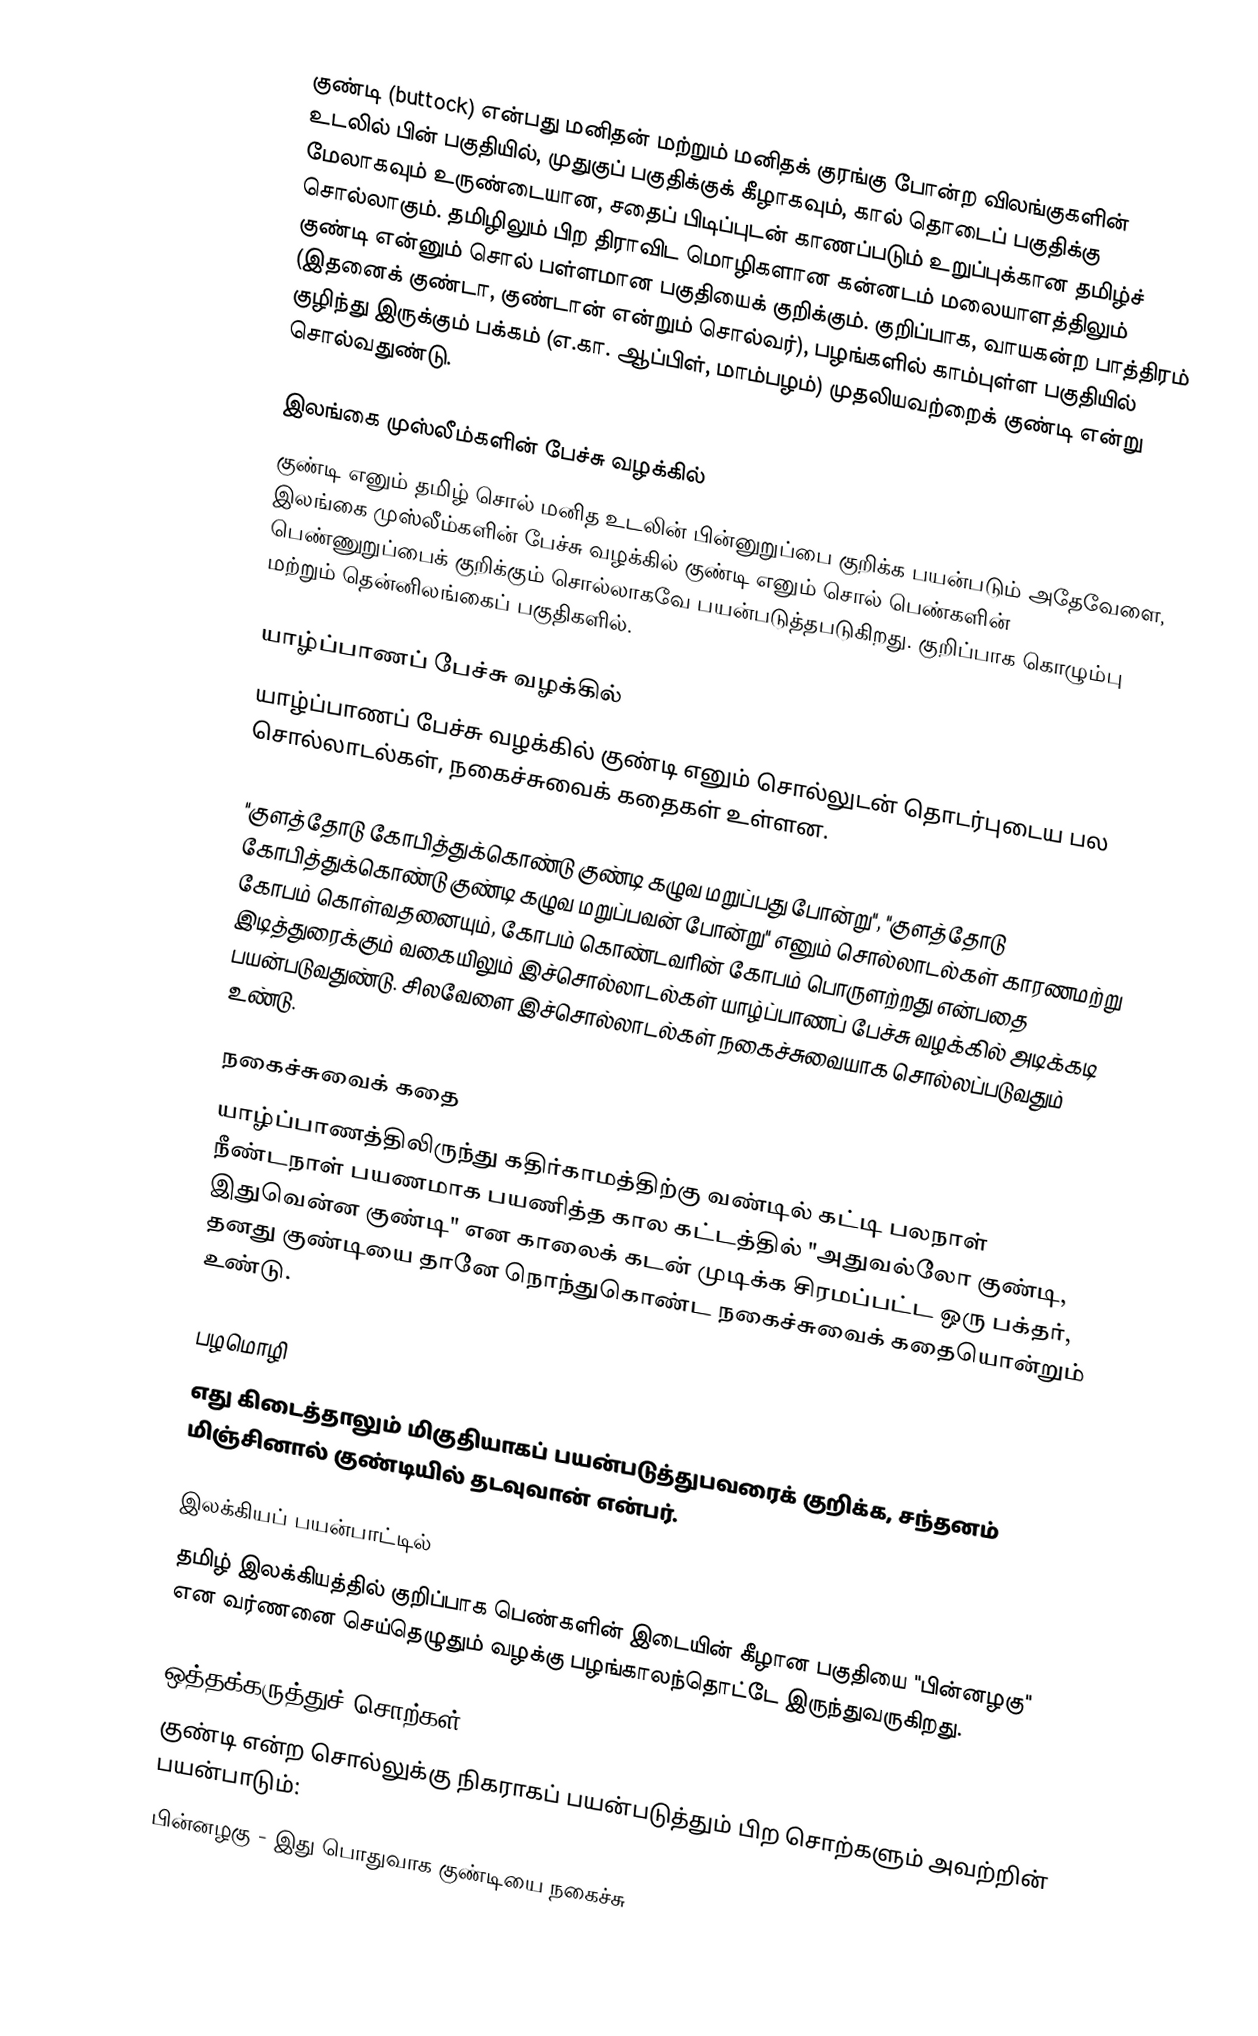
குண்டி (buttock) என்பது மனிதன் மற்றும் மனிதக் குரங்கு போன்ற விலங்குகளின் உடலில் பின் பகுதியில், முதுகுப் பகுதிக்குக் கீழாகவும், கால் தொடைப் பகுதிக்கு மேலாகவும் உருண்டையான, சதைப் பிடிப்புடன் காணப்படும் உறுப்புக்கான தமிழ்ச் சொல்லாகும். தமிழிலும் பிற திராவிட மொழிகளான கன்னடம் மலையாளத்திலும் குண்டி என்னும் சொல் பள்ளமான பகுதியைக் குறிக்கும். குறிப்பாக, வாயகன்ற பாத்திரம் (இதனைக் குண்டா, குண்டான் என்றும் சொல்வர்), பழங்களில் காம்புள்ள பகுதியில் குழிந்து இருக்கும் பக்கம் (எ.கா. ஆப்பிள், மாம்பழம்) முதலியவற்றைக் குண்டி என்று சொல்வதுண்டு.

இலங்கை முஸ்லீம்களின் பேச்சு வழக்கில்
குண்டி எனும் தமிழ் சொல் மனித உடலின் பின்னுறுப்பை குறிக்க பயன்படும் அதேவேளை, இலங்கை முஸ்லீம்களின் பேச்சு வழக்கில் குண்டி எனும் சொல் பெண்களின் பெண்ணுறுப்பைக் குறிக்கும் சொல்லாகவே பயன்படுத்தபடுகிறது. குறிப்பாக கொழும்பு மற்றும் தென்னிலங்கைப் பகுதிகளில்.

யாழ்ப்பாணப் பேச்சு வழக்கில்
யாழ்ப்பாணப் பேச்சு வழக்கில் குண்டி எனும் சொல்லுடன் தொடர்புடைய பல சொல்லாடல்கள், நகைச்சுவைக் கதைகள் உள்ளன.

"குளத்தோடு கோபித்துக்கொண்டு குண்டி கழுவ மறுப்பது போன்று", "குளத்தோடு கோபித்துக்கொண்டு குண்டி கழுவ மறுப்பவன் போன்று" எனும் சொல்லாடல்கள் காரணமற்று கோபம் கொள்வதனையும், கோபம் கொண்டவரின் கோபம் பொருளற்றது என்பதை இடித்துரைக்கும் வகையிலும் இச்சொல்லாடல்கள் யாழ்ப்பாணப் பேச்சு வழக்கில் அடிக்கடி பயன்படுவதுண்டு. சிலவேளை இச்சொல்லாடல்கள் நகைச்சுவையாக சொல்லப்படுவதும் உண்டு.

நகைச்சுவைக் கதை
யாழ்ப்பாணத்திலிருந்து கதிர்காமத்திற்கு வண்டில் கட்டி பலநாள் நீண்டநாள் பயணமாக பயணித்த கால கட்டத்தில் "அதுவல்லோ குண்டி, இதுவென்ன குண்டி" என காலைக் கடன் முடிக்க சிரமப்பட்ட ஒரு பக்தர், தனது குண்டியை தானே நொந்துகொண்ட  நகைச்சுவைக் கதையொன்றும் உண்டு.

பழமொழி
எது கிடைத்தாலும் மிகுதியாகப் பயன்படுத்துபவரைக் குறிக்க, சந்தனம் மிஞ்சினால் குண்டியில் தடவுவான் என்பர்.

இலக்கியப் பயன்பாட்டில்
தமிழ் இலக்கியத்தில் குறிப்பாக பெண்களின் இடையின் கீழான பகுதியை "பின்னழகு" என வர்ணனை செய்தெழுதும் வழக்கு பழங்காலந்தொட்டே இருந்துவருகிறது.

ஒத்தக்கருத்துச் சொற்கள்
குண்டி என்ற சொல்லுக்கு நிகராகப் பயன்படுத்தும் பிற சொற்களும் அவற்றின் பயன்பாடும்:
 பின்னழகு - இது பொதுவாக குண்டியை நகைச்சு